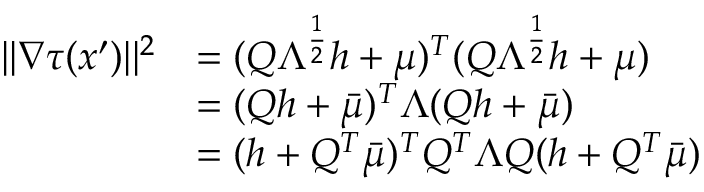
\begin{array} { r l } { | | \nabla \tau ( x ^ { \prime } ) | | ^ { 2 } } & { = ( Q \Lambda ^ { \frac { 1 } { 2 } } h + \mu ) ^ { T } ( Q \Lambda ^ { \frac { 1 } { 2 } } h + \mu ) } \\ & { = ( Q h + \bar { \mu } ) ^ { T } \Lambda ( Q h + \bar { \mu } ) } \\ & { = ( h + Q ^ { T } \bar { \mu } ) ^ { T } Q ^ { T } \Lambda Q ( h + Q ^ { T } \bar { \mu } ) } \end{array}